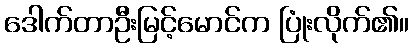
ဒေါက်တာဦးမြင့်မောင်က ပြုံးလိုက်၏။